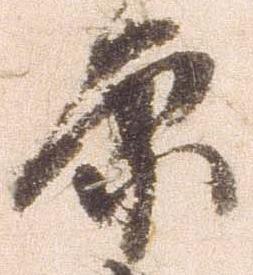
原